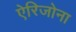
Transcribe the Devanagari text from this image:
ऐरिजोना